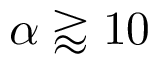
\alpha \gtrapprox 1 0